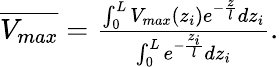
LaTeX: \begin{array}{r}{\overline{{V_{max}}}=\frac{\int_{0}^{L}V_{max}(z_{i})e^{-\frac{z}{l}}dz_{i}}{\int_{0}^{L}e^{-\frac{z_{i}}{l}}dz_{i}}.}\end{array}